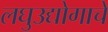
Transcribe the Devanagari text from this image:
लघुउद्योगाचे